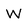
Character: W